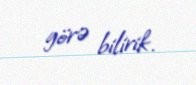
görə bilirik.